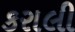
કરાલી